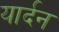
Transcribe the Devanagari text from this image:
यार्दन